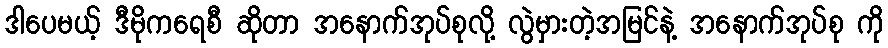
ဒါပေမယ့် ဒီမိုကရေစီ ဆိုတာ အနောက်အုပ်စုလို့ လွဲမှားတဲ့အမြင်နဲ့ အနောက်အုပ်စု ကို